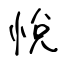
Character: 悅